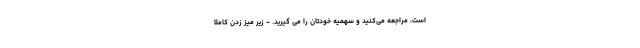
است، مراجعه می‌کنید و سهمیه خودتان را می گیرید. - زیر میز زدن کاملاً